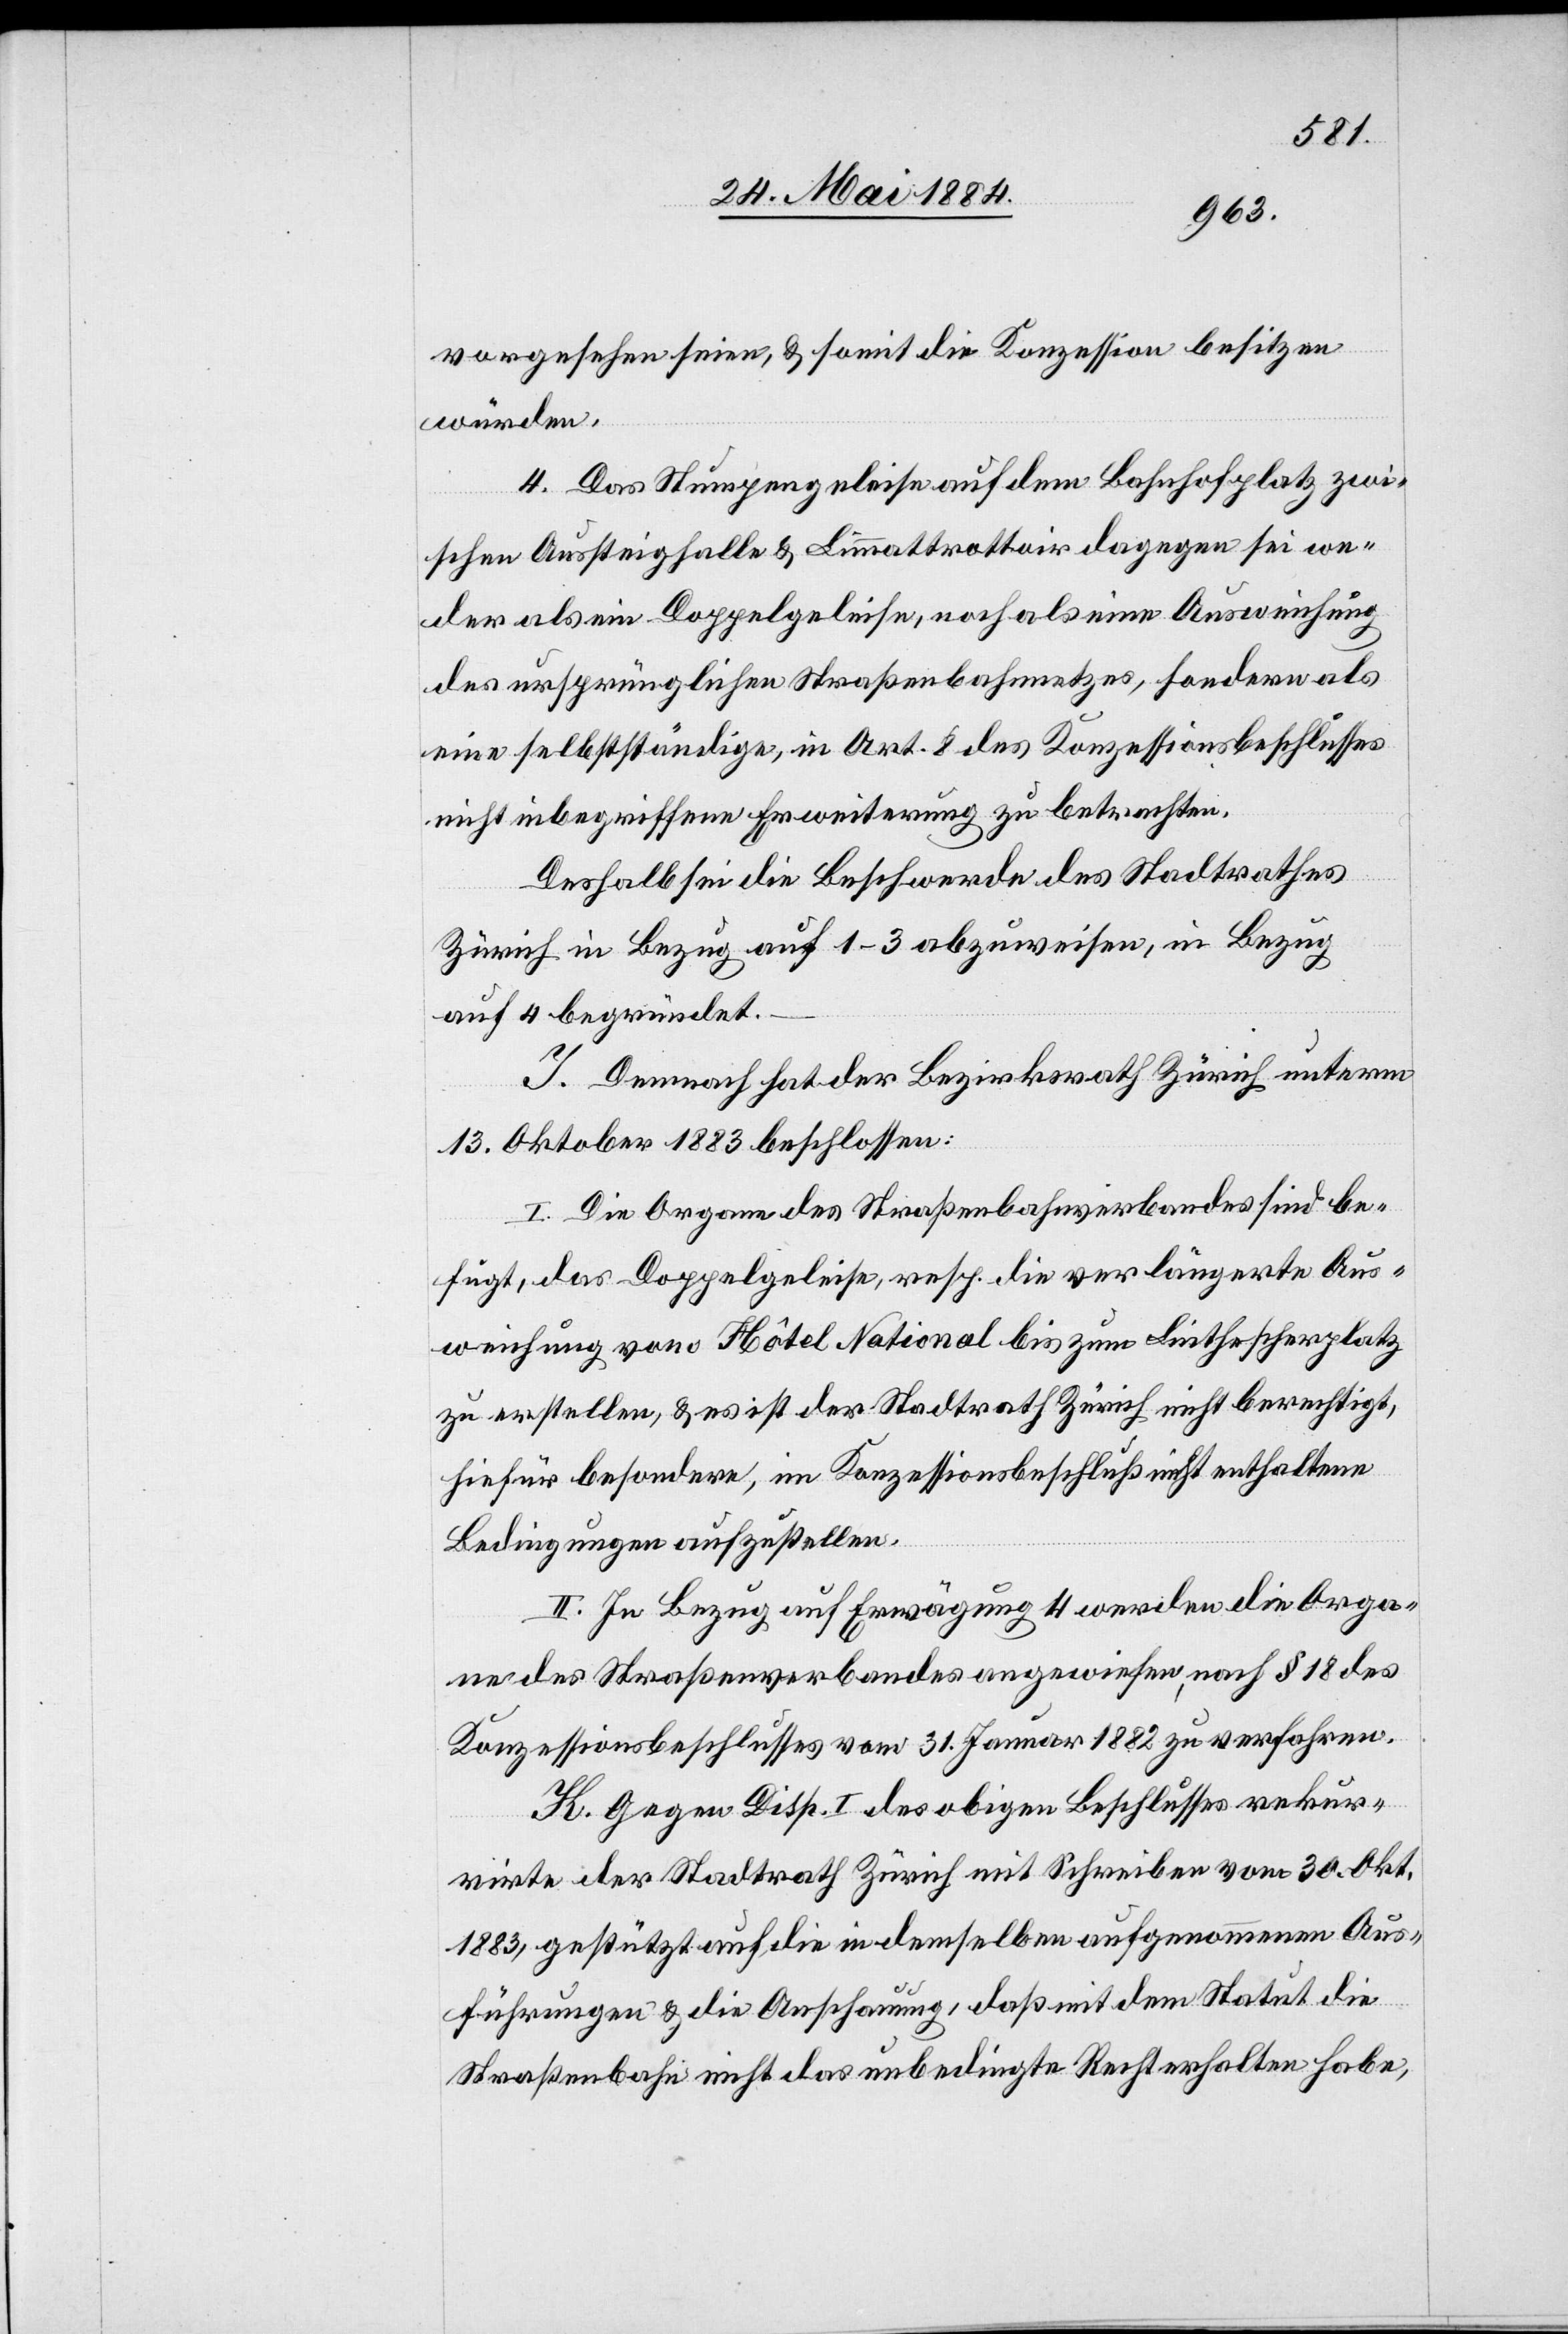
vorgesehen seien, & somit die Konzession besitzen
würden.
4. Das Stumpengeleise auf dem Bahnhofplatz zwi¬
schen Aussteighalle & Limmattrottoir dagegen sei we¬
der als ein Doppelgeleise, noch als eine Ausweichung
des ursprünglichen Straßenbahnnetzes, sondern als
eine selbstständige, in Art. 8 des Konzessionsbeschlusses
nicht inbegriffene Erweiterung zu betrachten.
Deshalb sei die Beschwerde des Stadtrathes
Zürich in Bezug auf 1–3 abzuweisen, in Bezug
auf 4 begründet.
J. Demnach hat der Bezirksrath Zürich unterm
13. Oktober 1883 beschlossen:
I. Die Organe des Straßenbahnverbandes sind be¬
fugt, das Doppelgeleise, resp. die verlängerte Aus¬
weichung von Hôtel National bis zum Linthescherplatz
zu erstellen, & es ist der Stadtrath Zürich nicht berechtigt,
hiefür besondere, im Konzessionsbeschluß nicht enthaltene
Bedingungen aufzustellen.
II. In Bezug auf Erwägung 4 werden die Orga¬
ne des Straßenverbandes angewiesen, nach § 18 des
Konzessionsbeschlusses vom 31. Januar 1882 zu verfahren.
K. Gegen Disp. I des obigen Beschlusses rekur¬
rirte der Stadtrath Zürich mit Schreiben vom 30. Okt.
1883, gestützt auf die in demselben aufgenommenen Aus¬
führungen & die Anschauung, daß mit dem Statut die
Straßenbahn nicht das unbedingte Recht erhalten habe,